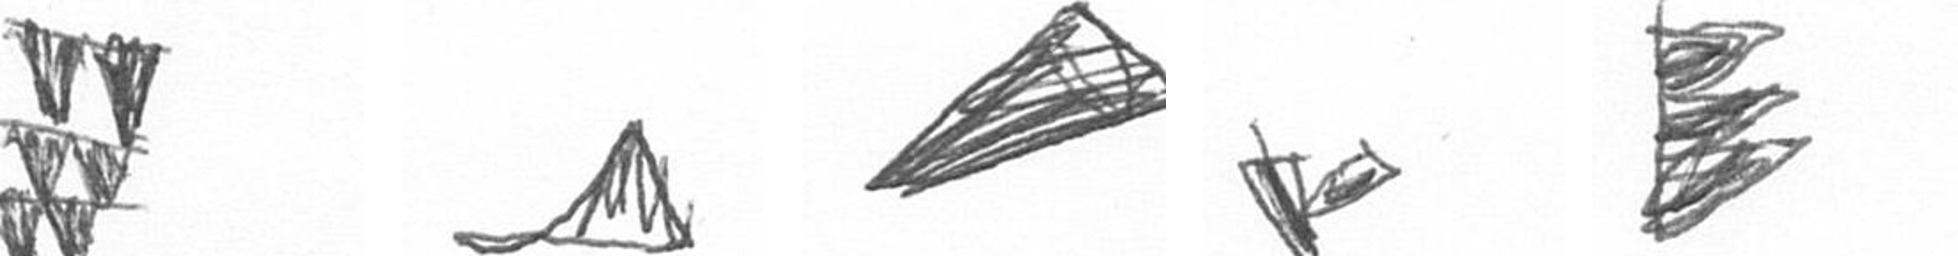
Y O O F H